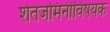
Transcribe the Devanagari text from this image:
शेतजमिनीविषयक